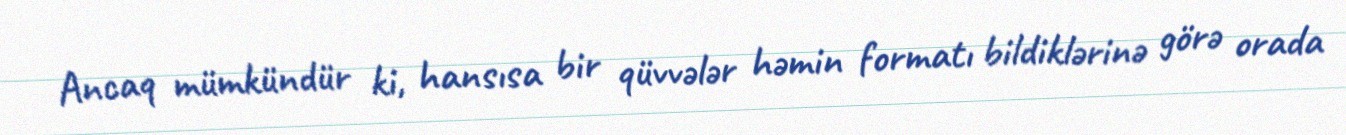
Ancaq mümkündür ki, hansısa bir qüvvələr həmin formatı bildiklərinə görə orada